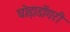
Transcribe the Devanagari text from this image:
घोड़ाडोंगरी